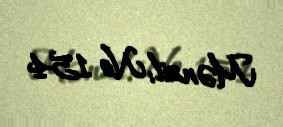
Mənzil: № 154